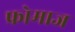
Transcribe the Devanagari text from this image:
फ्रोमाज